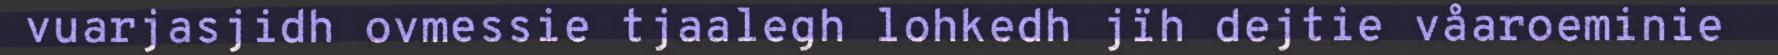
vuarjasjidh ovmessie tjaalegh lohkedh jïh dejtie våaroeminie